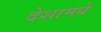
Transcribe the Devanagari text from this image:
देशामधे